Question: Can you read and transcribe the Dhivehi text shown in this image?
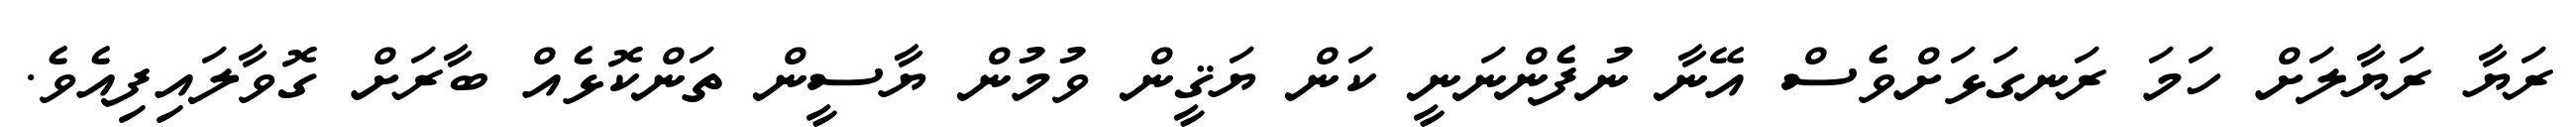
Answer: ރަޔާ ރަޔާލަށް ހަމަ ރަނގަޅަށްވެސް އޭނާ ނުފެންނަނީ ކަން ޔަޤީން ވުމުން ޔާސީން ތަންކޮޅެއް ބާރަށް ގޮވާލައިފިއެވެ.